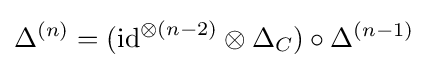
\Delta ^{(n)}=(\mathrm {id} ^{\otimes (n-2)}\otimes \Delta _{C})\circ \Delta ^{(n-1)}